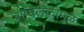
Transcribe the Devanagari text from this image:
बांधिलकीमुळे